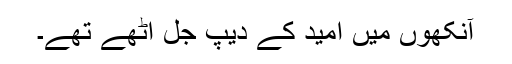
آنکھوں میں امید کے دیپ جل اٹھے تھے۔